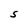
Character: S